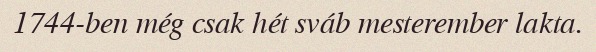
1744-ben még csak hét sváb mesterember lakta.